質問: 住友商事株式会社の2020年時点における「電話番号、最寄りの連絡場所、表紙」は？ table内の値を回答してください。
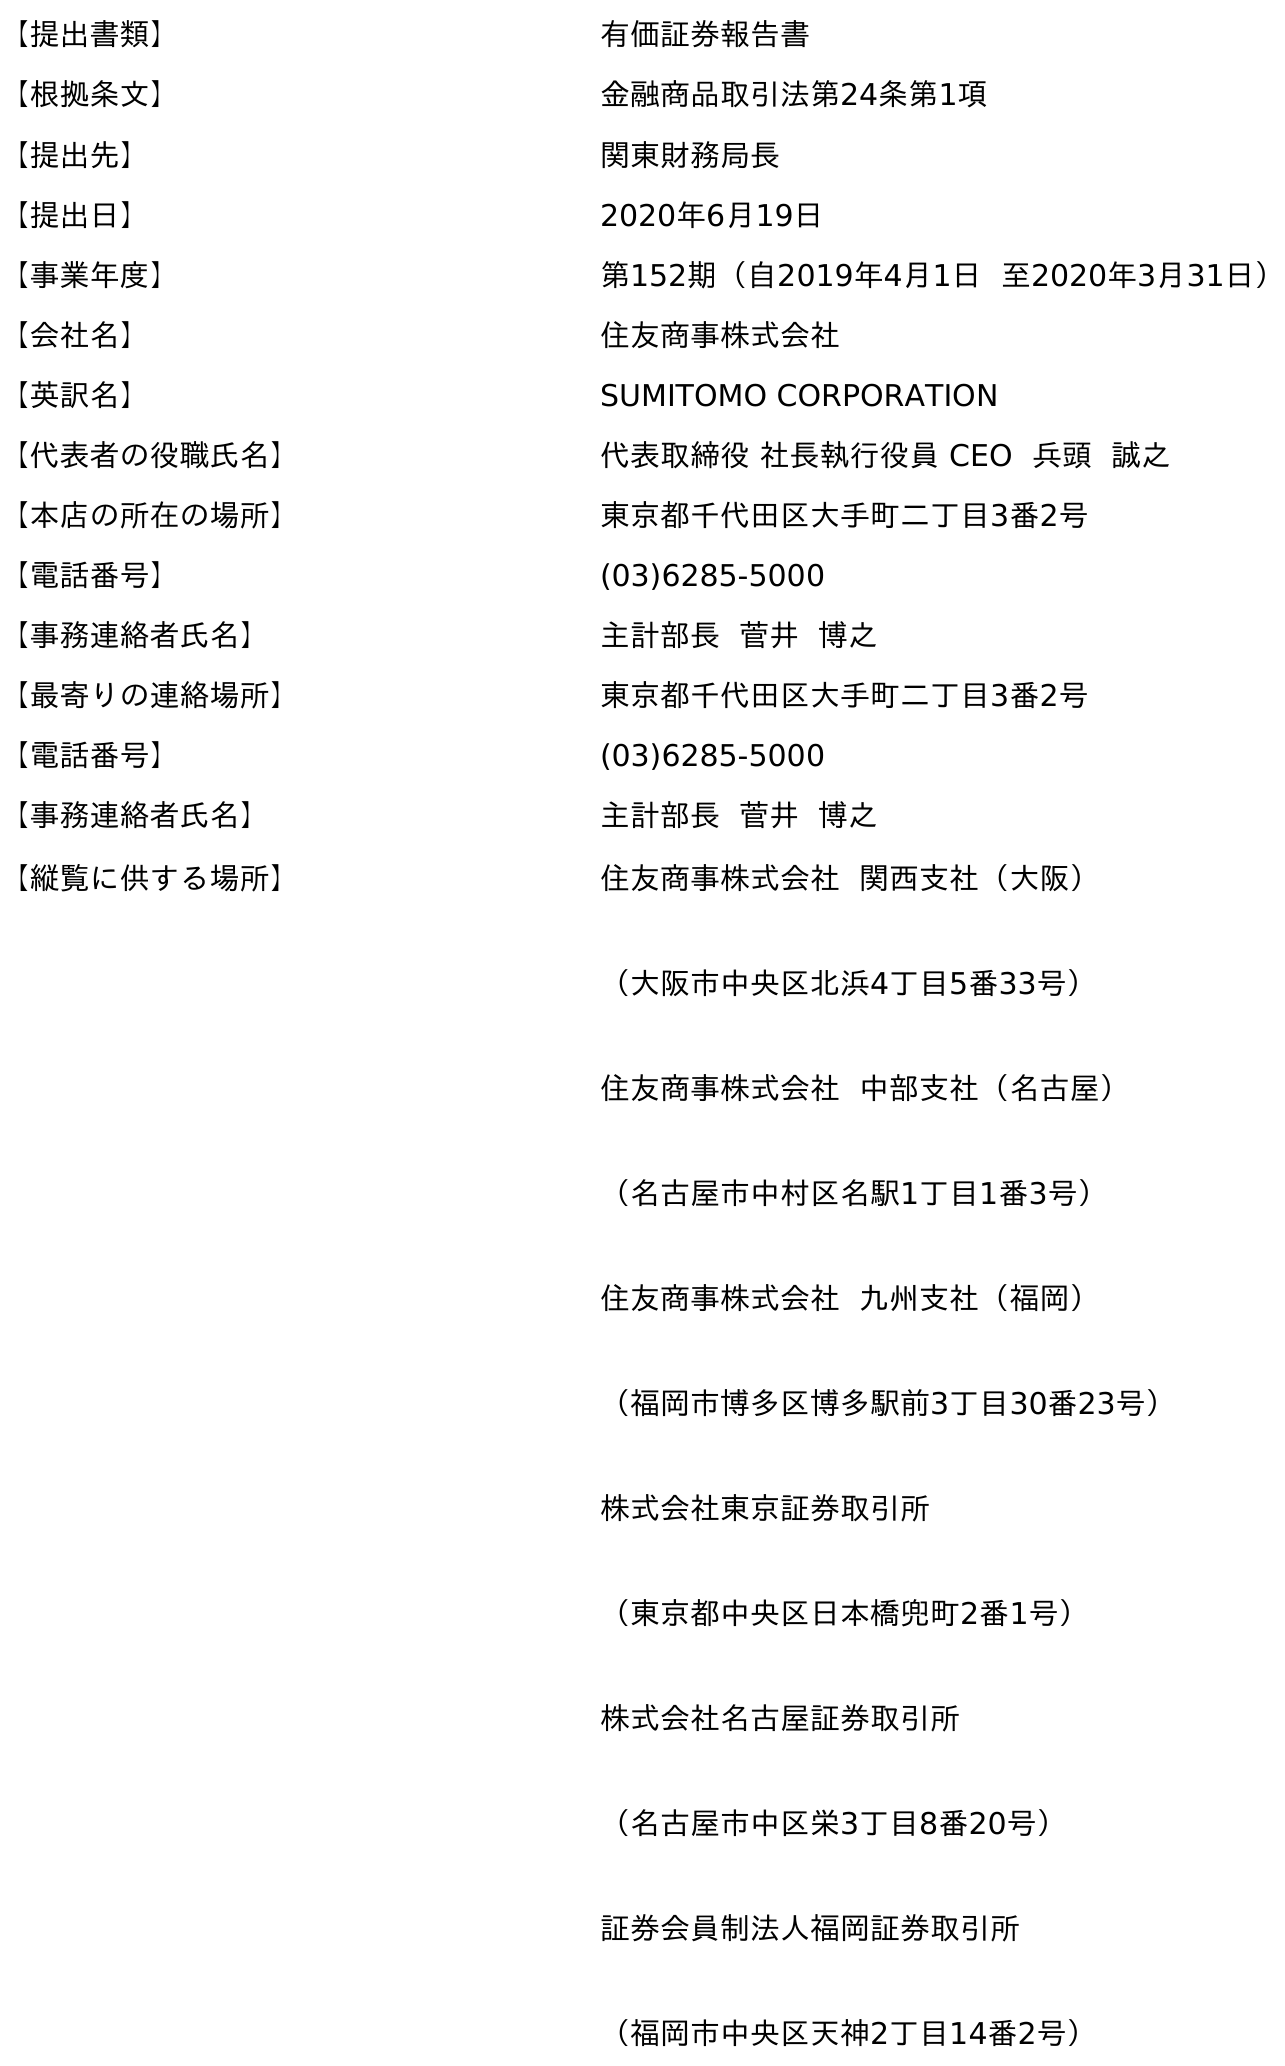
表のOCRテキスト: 【提出書類】 有価証券報告書 【根拠条文】 金融商品取引法第24条第1項 【提出先】 関東財務局長 【提出日】 2020年6月19日 【事業年度】 第152期（自2019年4月1日 至2020年3月31日） 【会社名】 住友商事株式会社 【英訳名】 SUMITOMO CORPORATION 【代表者の役職氏名】 代表取締役 社長執行役員 CEO 兵頭 誠之 【本店の所在の場所】 東京都千代田区大手町二丁目3番2号 【電話番号】 (03)6285-5000 【事務連絡者氏名】 主計部長 菅井 博之 【最寄りの連絡場所】 東京都千代田区大手町二丁目3番2号 【電話番号】 (03)6285-5000 【事務連絡者氏名】 主計部長 菅井 博之 【縦覧に供する場所】 住友商事株式会社 関西支社（大阪） （大阪市中央区北浜4丁目5番33号） 住友商事株式会社 中部支社（名古屋） （名古屋市中村区名駅1丁目1番3号） 住友商事株式会社 九州支社（福岡） （福岡市博多区博多駅前3丁目30番23号） 株式会社東京証券取引所 （東京都中央区日本橋兜町2番1号） 株式会社名古屋証券取引所 （名古屋市中区栄3丁目8番20号） 証券会員制法人福岡証券取引所 （福岡市中央区天神2丁目14番2号）
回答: (03)6285-5000